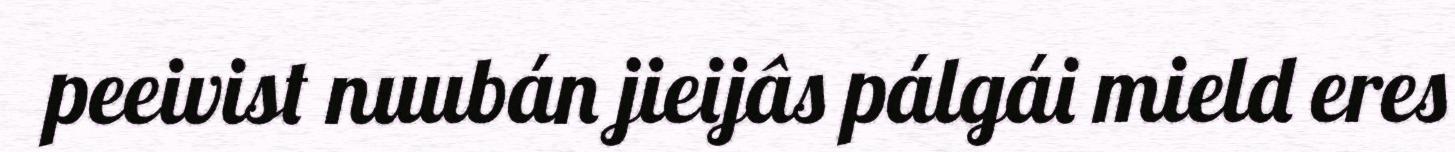
peeivist nuubán jieijâs pálgái mield eres